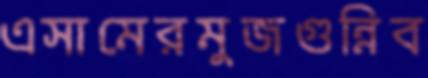
এসামেরমুজগুন্নিব